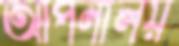
আপনালয়